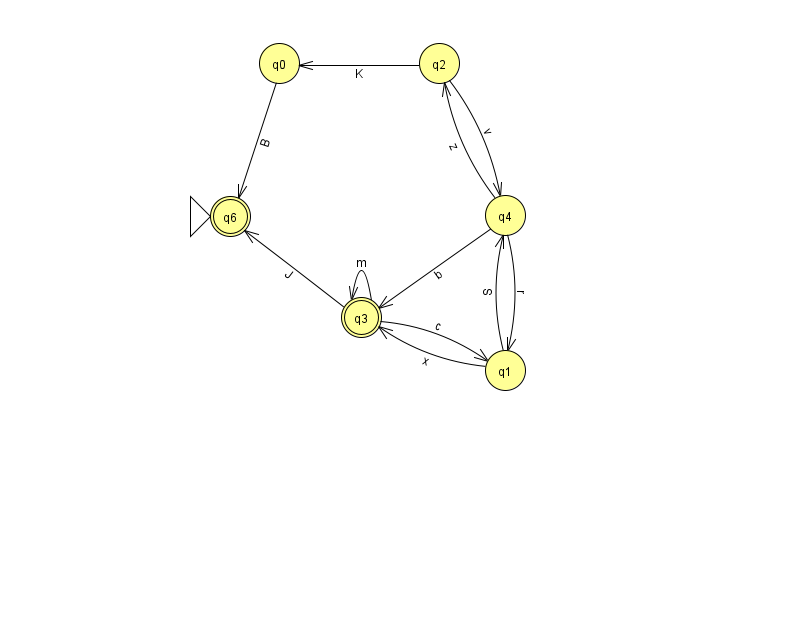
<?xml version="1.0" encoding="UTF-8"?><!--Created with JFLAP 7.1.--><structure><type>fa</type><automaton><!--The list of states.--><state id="0" name="q0"><x>279.0</x><y>50.0</y></state><state id="1" name="q1"><x>505.0</x><y>357.0</y></state><state id="2" name="q2"><x>439.0</x><y>50.0</y></state><state id="3" name="q3"><x>361.0</x><y>304.0</y><final/></state><state id="4" name="q4"><x>505.0</x><y>202.0</y></state><state id="6" name="q6"><x>230.0</x><y>203.0</y><initial/><final/></state><!--The list of transitions.--><transition><from>3</from><to>1</to><read>c</read></transition><transition><from>2</from><to>4</to><read>v</read></transition><transition><from>4</from><to>1</to><read>r</read></transition><transition><from>4</from><to>2</to><read>z</read></transition><transition><from>1</from><to>3</to><read>x</read></transition><transition><from>1</from><to>4</to><read>S</read></transition><transition><from>4</from><to>3</to><read>b</read></transition><transition><from>3</from><to>6</to><read>J</read></transition><transition><from>0</from><to>6</to><read>B</read></transition><transition><from>2</from><to>0</to><read>K</read></transition><transition><from>3</from><to>3</to><read>m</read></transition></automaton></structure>